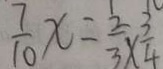
\frac { 7 } { 1 0 } x = \frac { 2 } { 3 } \times \frac { 3 } { 4 }